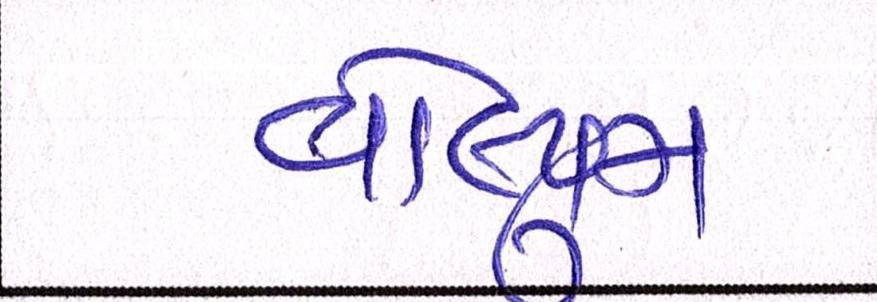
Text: વોલ્યુમ